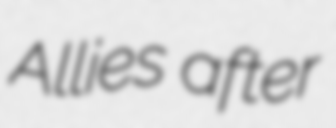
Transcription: Allies after